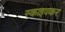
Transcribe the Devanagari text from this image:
स्काइवकर